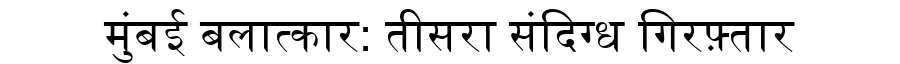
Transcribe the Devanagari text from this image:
मुंबई बलात्कार: तीसरा संदिग्ध गिरफ़्तार